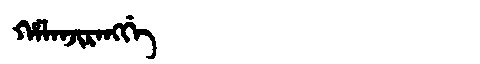
Manchu: ᡥᠠᠯᠠᠨᠵᡳᡵᠠᠩᡤᡝ
Romanization: HALANJIRANGGE